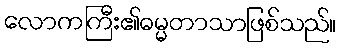
လောကကြီး၏ဓမ္မတာသာဖြစ်သည်။